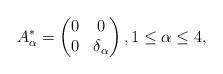
LaTeX: \begin{align*}A_\alpha^*=\begin{pmatrix}0&0\\0&\delta_\alpha\end{pmatrix}, 1\leq\alpha\leq 4,\end{align*}